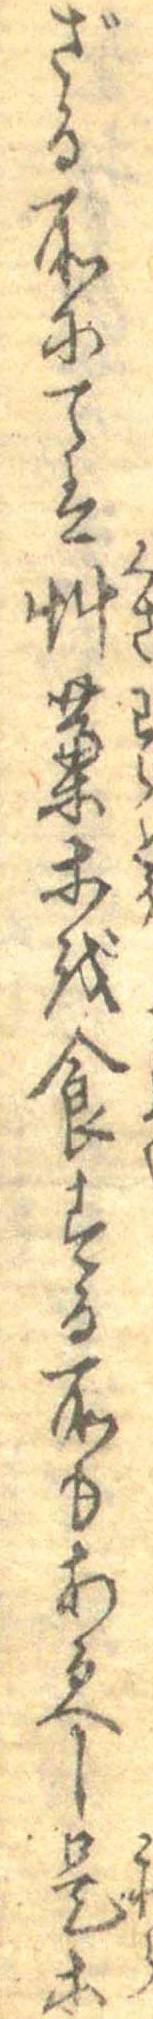
ざる所にては艸葉等を食する所もあるへし是等